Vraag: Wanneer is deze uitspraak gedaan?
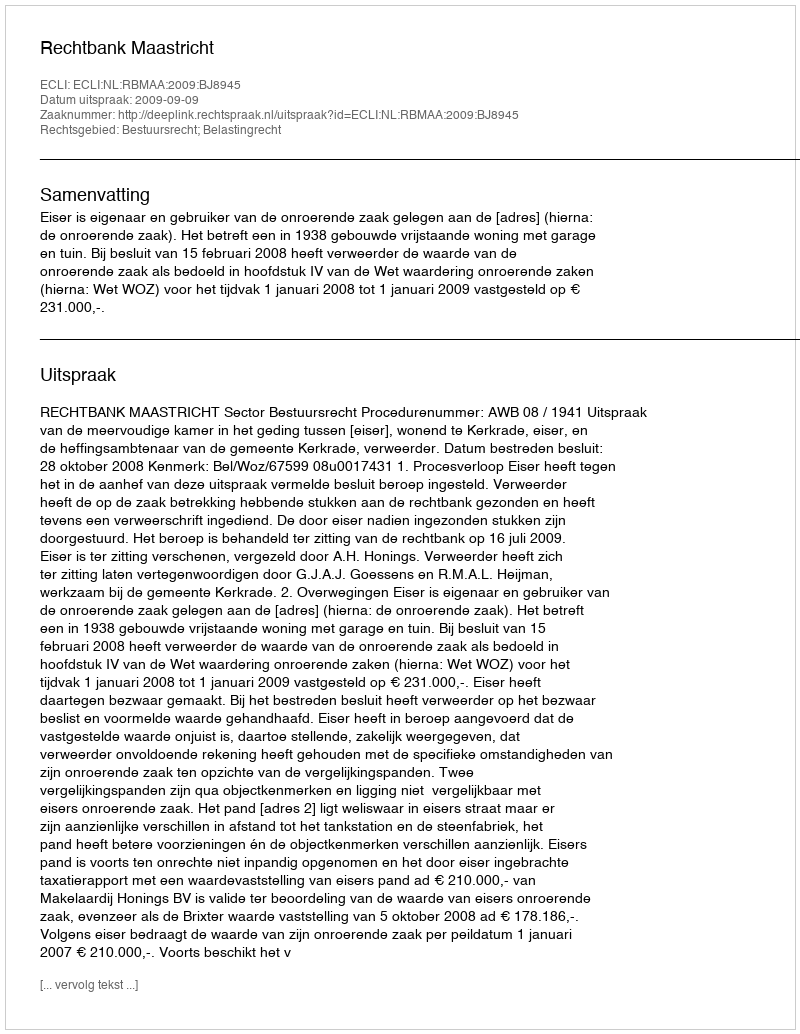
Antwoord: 2009-09-09